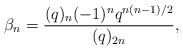
\begin{align*}\beta_{n}=\frac{(q)_n(-1)^nq^{n(n-1)/2}}{(q)_{2n}},\end{align*}